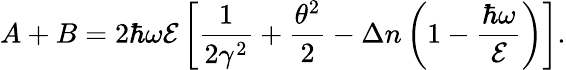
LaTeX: A+B=2\hbar\omega\mathcal{E}\left[\frac{1}{2\gamma^{2}}+\frac{\theta^{2}}{2}-\Delta n\left(1-\frac{\hbar\omega}{\mathcal{E}}\right)\right].